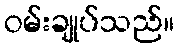
ဝမ်းချုပ်သည်။